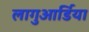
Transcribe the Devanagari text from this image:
लागुआर्डिया